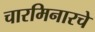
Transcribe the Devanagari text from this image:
चारमिनारचे